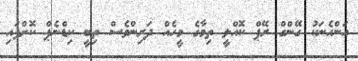
އަންހެނަކު ގޭންގް ރޭޕް ކޮއްލީ ތިމާގެ މީހެއް ދަރިންވެސް ތިބީ ކިޑްނެޕް ކޮށްފައި